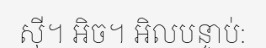
ស៊ី។ អិច។ អិលបន្ទាប់: